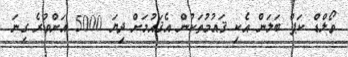
ވޯލްޑް ކަޕް ބަލަން އެކި ޤައުމުތަކުން އެޤައުމަށް ދިޔަ 5000 އަށްވުރެ ގިނަ